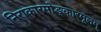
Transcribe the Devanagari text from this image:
निराकारमोङ्कारमूलम्